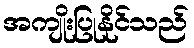
အကျိုးပြုနိုင်သည်